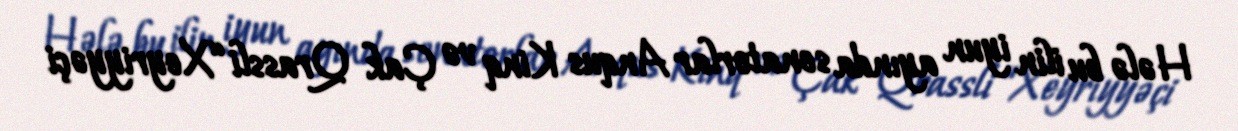
Hələ bu ilin iyun ayında senatorlar Anqus Kinq və Çak Qrassli “Xeyriyyəçi